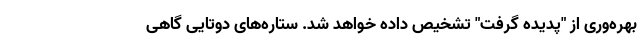
بهره‌وری از "پدیده گرفت" تشخیص داده خواهد شد. ستاره‌های دوتایی گاهی